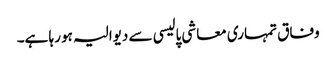
وفاق تمہاری معاشی پالیسی سے دیوالیہ ہو رہا ہے۔